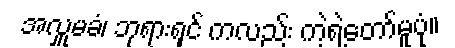
အလှူမခံ၊ ဘုရားရှင် ကလည်း ကဲ့ရဲ့တော်မူပုံ။